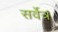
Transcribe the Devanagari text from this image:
सर्वेत्र